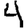
Digit: 4